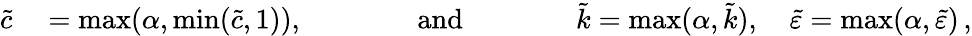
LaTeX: \begin{array}{rl}{\tilde{c}}&{{}=\mathrm{max}(\alpha,\mathrm{min}(\tilde{c},1)),\qquad\qquad\mathrm{and}\qquad\qquad\tilde{k}=\mathrm{max}(\alpha,\tilde{k}),\quad\tilde{\varepsilon}=\mathrm{max}(\alpha,\tilde{\varepsilon})\, ,}\end{array}